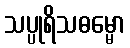
သပ္ပုရိသဓမ္မော